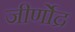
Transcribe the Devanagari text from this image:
जीर्णोद्र